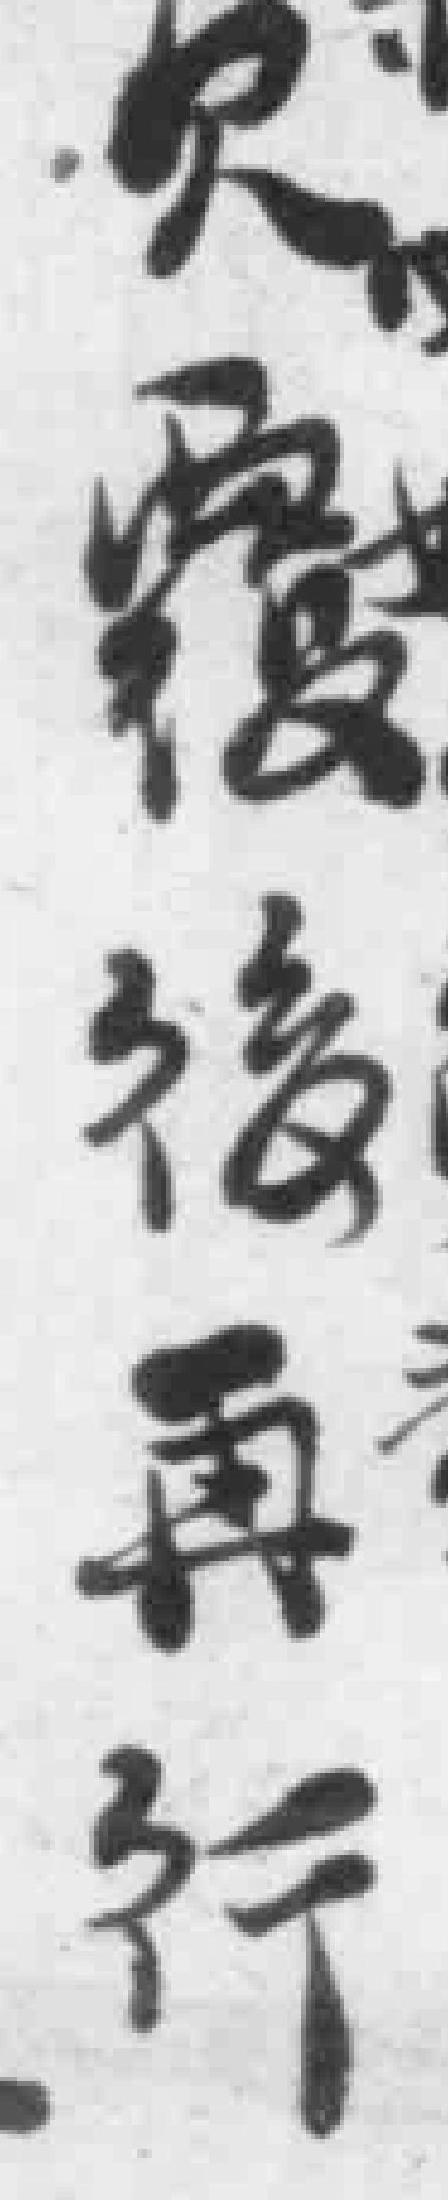
欠覆於再行